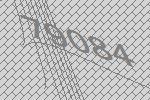
79084